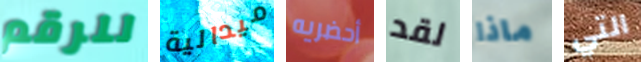
للرقم ميدالية أحضريه لقد ماذا التي